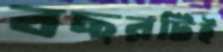
বছরটিই